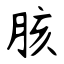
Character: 胲